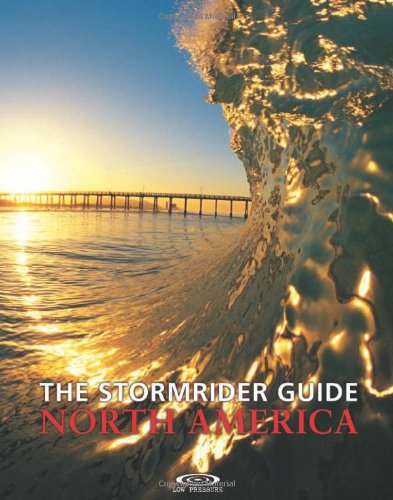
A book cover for The Stormrider Guide North America (Stormrider Surf Guides); Bruce Sutherland; Sports & Outdoors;